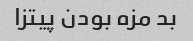
بد مزه بودن پیتزا